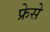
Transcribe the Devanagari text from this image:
फ्रेसे